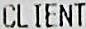
CLIENT